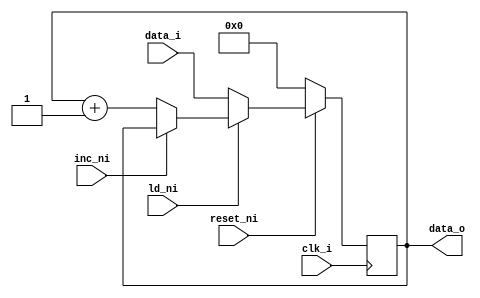
`default_nettype none

// --------------------------------------------------------------------------
// Standard program counter with Auto-increment, Load and reset_i.
// --------------------------------------------------------------------------

module ProgramCounter
#(
    parameter DATA_WIDTH = 16,
    parameter WORD_SIZE = 1)
(
    input wire clk_i,
    input wire reset_ni,                 // Active Low
    input wire ld_ni,                    // Load: Active Low
    input wire inc_ni,                   // Increment: Active Low
    input wire [DATA_WIDTH-1:0] data_i,  // Input
    output reg [DATA_WIDTH-1:0] data_o   // Output
);

always @(negedge clk_i) begin
    if (~reset_ni)
        data_o <= {DATA_WIDTH{1'b0}};
    else if (~ld_ni)
        data_o <= data_i;
    else if (~inc_ni)
        data_o <= data_o + WORD_SIZE;
    else
        data_o <= data_o;
end

endmodule